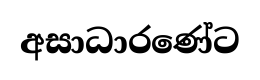
අසාධාරණේට